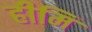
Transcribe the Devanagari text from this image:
हीमि